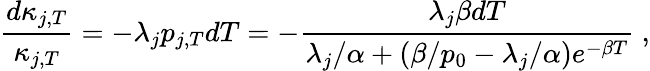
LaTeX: \frac{d\kappa_{j,T}}{\kappa_{j,T}}=-\lambda_{j}p_{j,T}dT=-\frac{\lambda_{j}\beta dT}{\lambda_{j}/\alpha+(\beta/p_{0}-\lambda_{j}/\alpha)e^{-\beta T}}\ ,